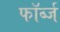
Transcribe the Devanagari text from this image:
फॉर्ब्ज